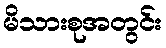
မိသားစုအတွင်း